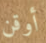
أوقن